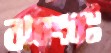
ঝধংবঃ